Bulletin of the Pasteur Institute of Southern India, Coonoor - No. 1.
Year: 1908
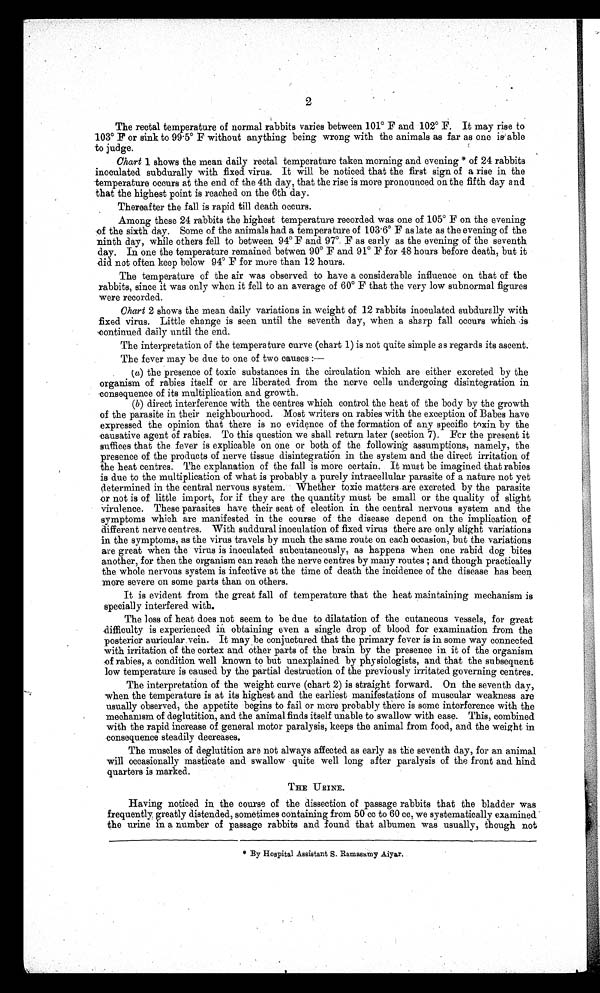
2
The rectal temperature of normal rabbits varies between 101° F and 102° F. It may rise to
103° F or sink to 995° F without anything being wrong with the animals as far as one is able
to judge.
Chart 1 shows the mean daily rectal temperature taken morning and evening *of 24 rabbits
inoculated subdurally with fixed virus. It will be noticed that the first sign of a rise in the
temperature occurs at the end of the 4th day, that the rise is more pronounced on the fifth day and
that the highest point is reached on the 6th day.
Thereafter the fall is rapid till death occurs.
Among these 24 rabbits the highest temperature recorded was one of 105° F on the evening
of the sixth day. Some of the animals had a temperature of 103 . 6° F as late as the evening of the
ninth day, while others fell to between 94° F and 97° F as early as the evening of the seventh
day. In one the temperature remained betwen 90° F and 91° F for 48 hours before death, but it
did not often keep below 94° F for inure than 12 hours.
The temperature of the air was observed. to have a considerable influence on that of the
rabbits, since it was only when it fell to an average of 60° F that the very low subnormal figures
were recorded.
Chart 2 shows the mean daily variations in weight of 12 rabbits inoculated subdurally with
fixed virus. Little change is seen until the seventh day, when a sharp fall occurs which is
continued daily until the end.
The interpretation of the temperature curve (chart 1) is not quite simple as regards its ascent.
The fever may be due to one of two causes :-
(a) the presence of toxic substances in the circulation which are either excreted by the
organism of rabies itself or are liberated from the nerve cells undergoing disintegration in
consequence of its multiplication and growth.
(b) direct interference with the centres which control the heat of the body by the growth
of the parasite in their neighbourhood. Most writers on rabies with the exception of Babes have
expressed the opinion that there is no evidence of the formation of any specific toxin by the
causative agent of rabies. To this question we shall return later (section 7). Fcr the present it
suffices that the fever is explicable on one or both of the following, assumptions, namely, the
presence of the products of nerve tissue disintegration in the system and the direct irritation of
the heat centres. The explanation of the fall is more certain. It must be imagined that rabies
is due to the multiplication of what is probably a purely intracellular parasite of a nature not yet
determined in the central nervous system. Whether toxic matters are excreted by the parasite
or not is of little import, for if they are the quantity must be small or the quality of slight
virulence. These parasites have their seat of election in the central nervous system and the
symptoms which are manifested in the course of the disease depend on the implication of
different nerve centres. With suddural inoculation of fixed virus there are only slight variations
in the symptoms, as the virus travels by much the same route on each occasion, but the variations
are great when the virus is inoculated subcutaneously, as happens when one rabid dog bites
another, for then the organism can reach the nerve centres by many routes ; and though practically
the whole nervous system is infective at the time of death the incidence of the disease has been
more severe on some parts than on others.
It is evident from the great fall of temperature that the heat maintaining mechanism is
specially interfered with.
The loss of heat does not seem to be due to dilatation of the cutaneous vessels, for great
difficulty is experienced in obtaining even a single drop of blood for examination from the
posterior auricular vein. It may be conjuctured that the primary fever is in some way connected
with irritation of the cortex and other parts of the brain by the presence in it of the organism
of rabies, a condition well known to but unexplained by physiologists, and that the subsequent
low temperature is caused by the partial destruction of the previously irritated governing centres.
The interpretation of the weight curve (chart 2) is straight forward. On the seventh day,
when the temperature is at its highest and the earliest manifestations of muscular weakness are
usually observed, the appetite begins to fail or more probably there is some interference with the
mechanism of deglutition, and the animal finds itself unable to swallow with ease. This, combined
with the rapid increase of general motor paralysis, keeps the animal from food, and the weight in
consequence steadily decreases.
The muscles of deglutition are not always affected as early as the seventh day, for an animal
will occasionally masticate and swallow quite well long after paralysis of the front and hind
quarters is marked.
THE URINE.
Having noticed in the course of the dissection of passage rabbits that the bladder was
frequently, greatly distended, sometimes containing from 50 cc to 60 cc, we systematically examined
the urine in a number of passage rabbits and found that albumen was usually, though not
* By Hospital Assistant S. Ramasamy Aiyar.